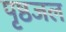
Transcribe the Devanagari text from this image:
पृष्ठजल